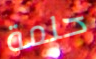
حلمة